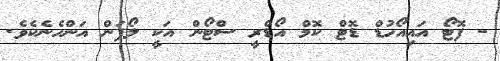
- ފޮޓޯ އައިއޯހުޑް ޑޮޓް ކޮމް އޯޑްރީ ސްޓޯން އަކީ ލޯފަން އަންހެނެކެވެ.